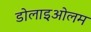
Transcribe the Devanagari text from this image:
डोलाइओलम